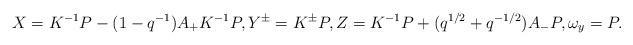
LaTeX: \begin{align*} X=K^{-1}P-(1-q^{-1}) A_{+}K^{-1}P,Y^{\pm}=K^{\pm}P,Z=K^{-1}P+(q^{1/2}+q^{-1/2})A_{-}P,\omega_y=P.\end{align*}